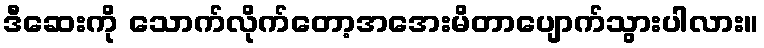
ဒီဆေးကို သောက်လိုက်တော့အအေးမိတာပျောက်သွားပါလား။